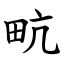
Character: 㽘